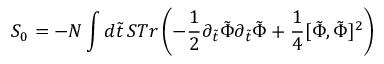
S _ { 0 } = - N \int d \tilde { t } \, S T r \left( - \frac { 1 } { 2 } \partial _ { \tilde { t } } \tilde { \Phi } \partial _ { \tilde { t } } \tilde { \Phi } + \frac { 1 } { 4 } [ \tilde { \Phi } , \tilde { \Phi } ] ^ { 2 } \right)